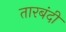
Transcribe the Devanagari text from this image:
तारबंदी